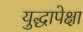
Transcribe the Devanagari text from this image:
युद्धापेक्षा